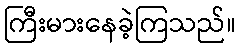
ကြီးမားနေခဲ့ကြသည်။